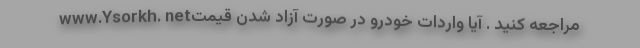
www.Ysorkh. netمراجعه کنید . آیا واردات خودرو در صورت آزاد شدن قیمت